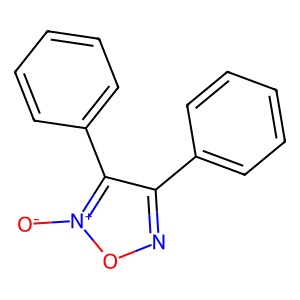
SMILES: [O-][n+]1onc(-c2ccccc2)c1-c1ccccc1
Inhibits HIV replication: No